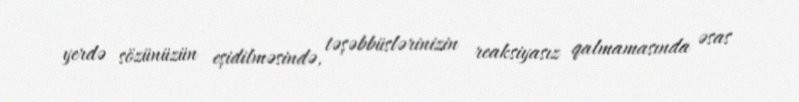
yerdə sözünüzün eşidilməsində, təşəbbüslərinizin reaksiyasız qalmamasında əsas